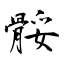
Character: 骽